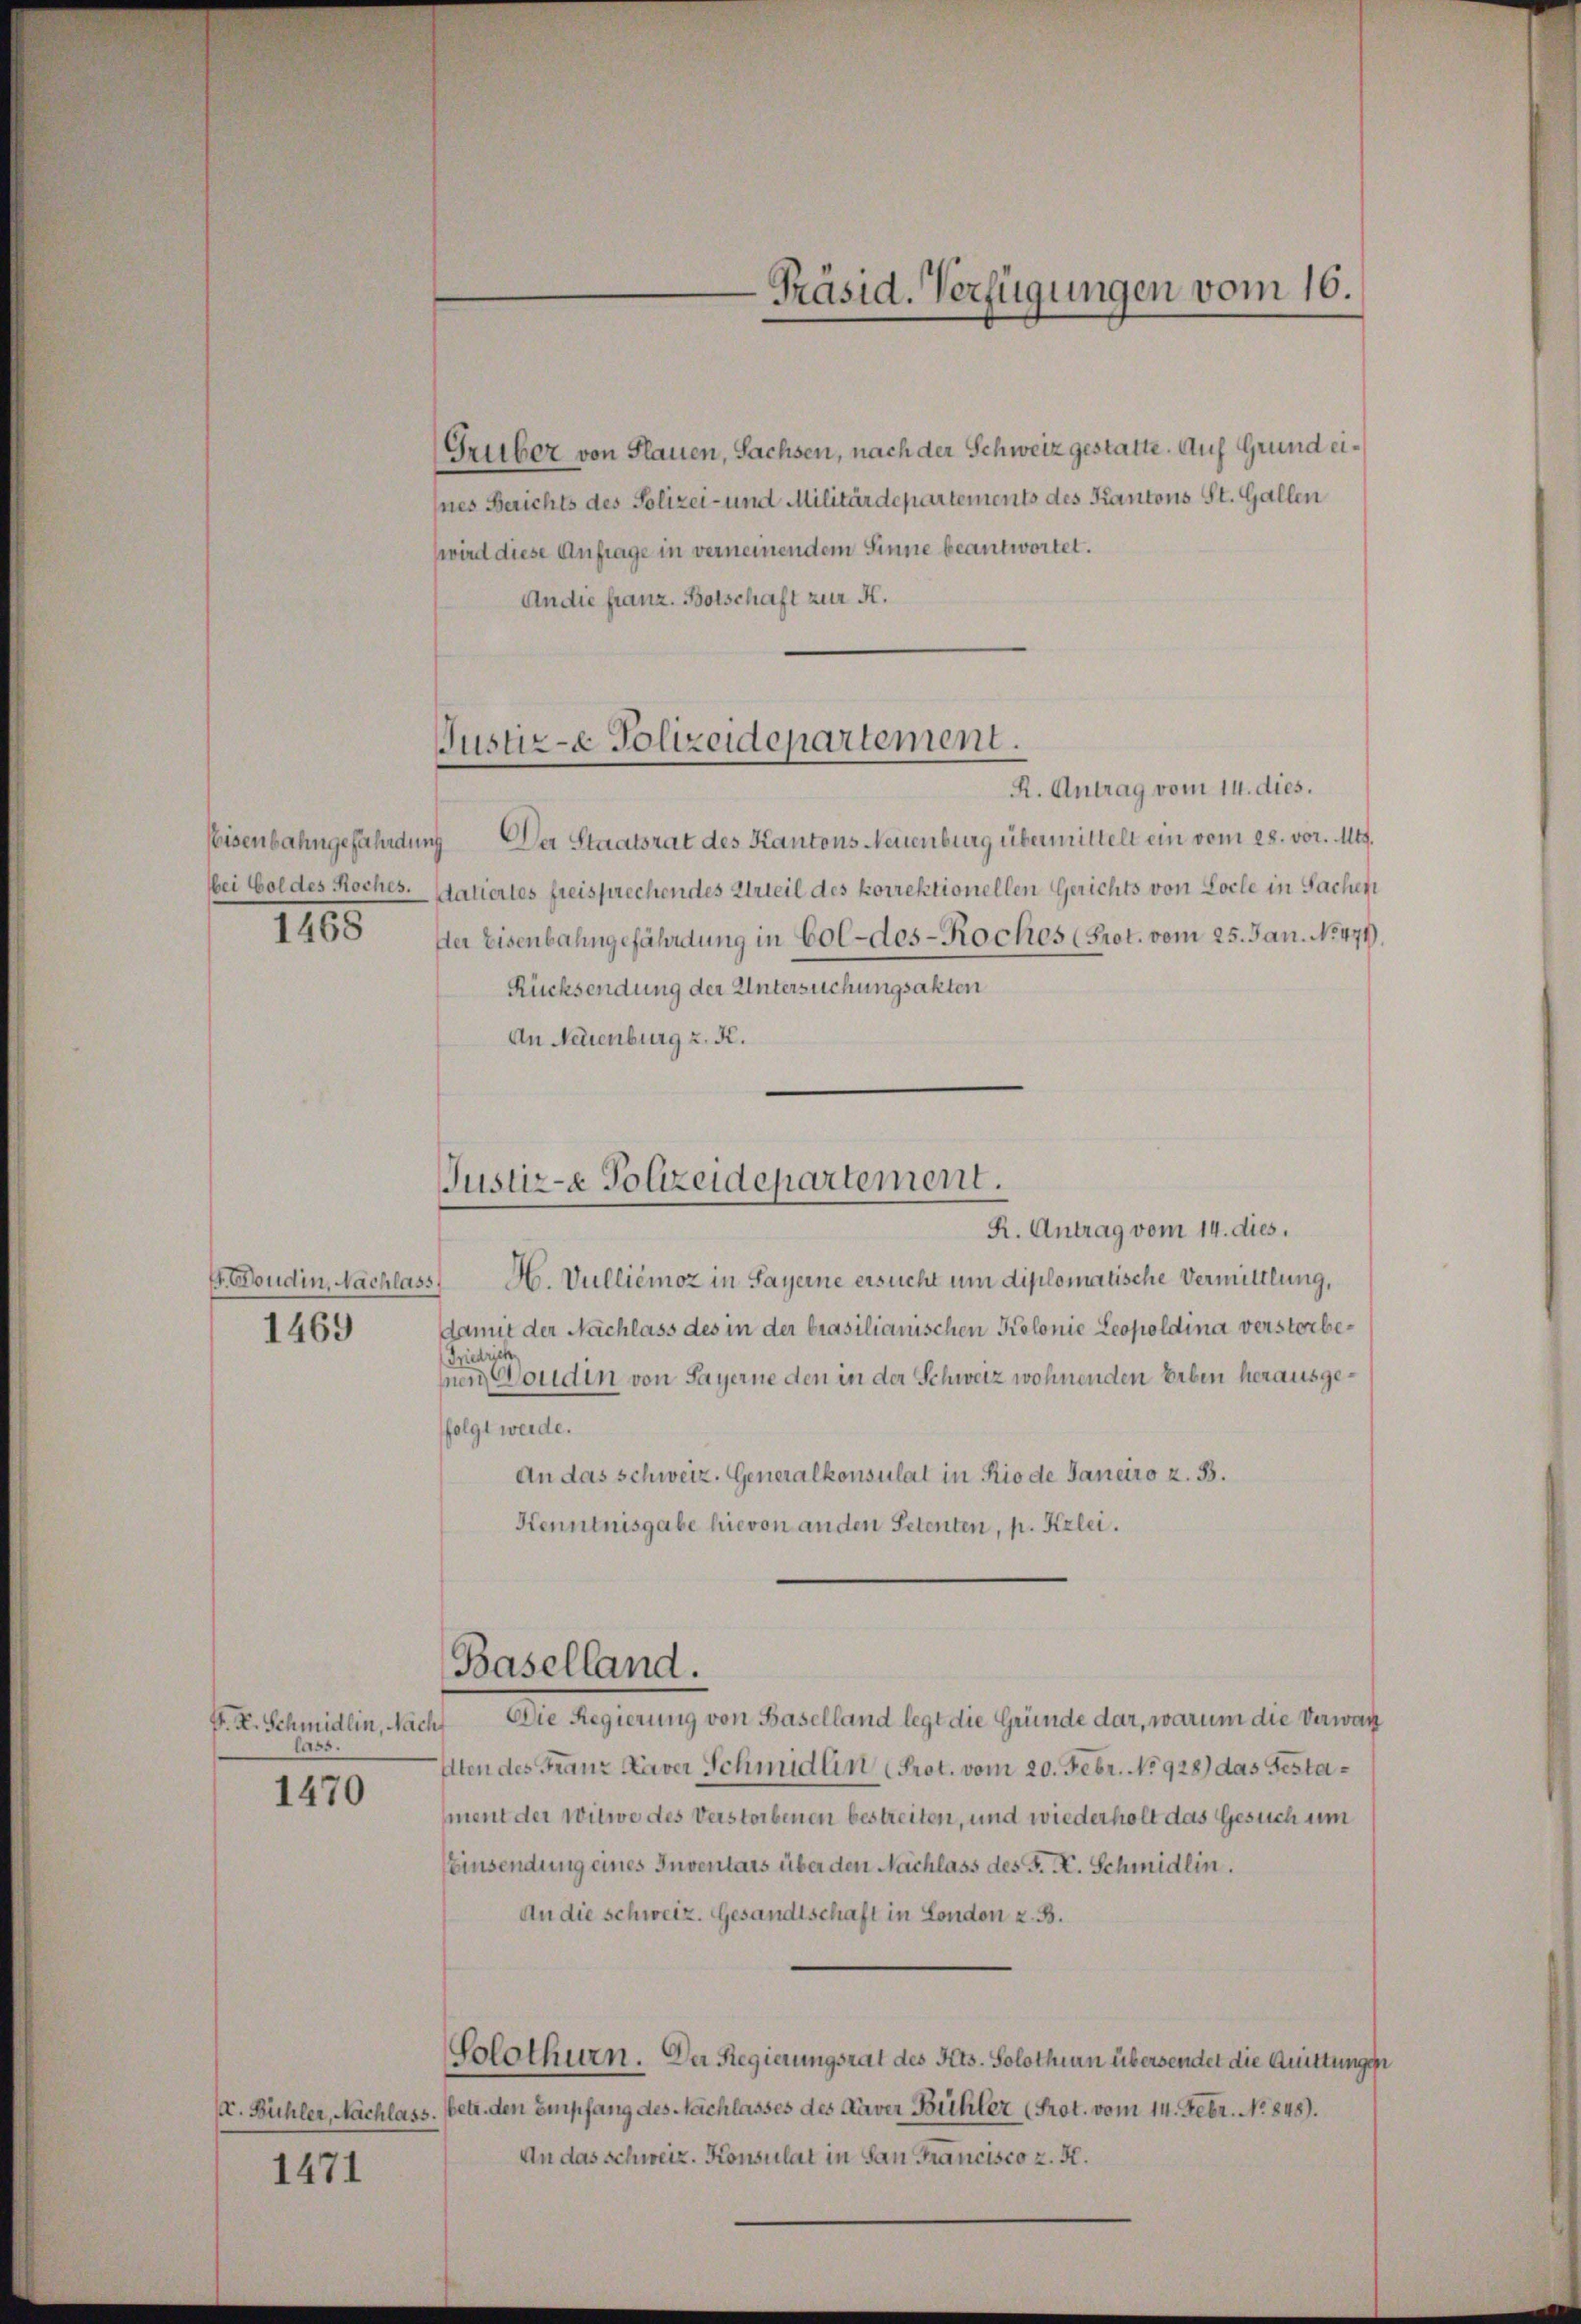
1165

E. Boudin, Nachlass
1469

P. R. Schmidlin, Nach
lass.

1470

1471

Justiz-e Polizeidepartement.

R. Antrag vom 14. dies.
Eisenbahngefährdung Der Staatsrat des Kantons Neuenburg übermittelt ein vom 28. vor. Mts.
bei Goldes Koches. datiertes freisprechendes Urteil des korrektionellen Gerichts von Loche in Sachen
der Eisenbahngefährdung in Col-des- Roches (Prot. vom 25. Jan. No 479.
Rücksendung der Untersuchungsakten
An Neuenburg z. K.

Gruber von Plauen, Sachsen, nach der Schweiz gestatte. Auf Grund eines Berichts des Polizei- und Militärdepartements des Kantons St. Gallen
wird diese Anfrage in verneinendem Sinne beantwortet.
An die franz. Botschaft zur K.

Justiz- Polizeidepartement.

Baselland.

Präsid. Verfügungen vom 16.

R. Antrag vom 14. dies.
H. Vulliémoz in Payerne ersucht um diplomatische Vermittlung,
damit der Nachlass des in der brasilianischen Kolonie Leopoldina verstorbe¬
Friedrich
hnen Gondin von Sayerne den in der Schweiz wohnenden Erben herausgefolgt werde.
An das schweiz. Generalkonsulat in Rio de Janeiro z. B.
Kenntnisgabe hievon anden Petenten, p. Kzlei.
Die Regierung von Baselland legt die Gründe dar, warum die Verwar
Alten des Franz Xaver Schmidlin Prot. vom 20. Febr. No 928) das Gestament der Witwe des Verstorbenen bestreiten, und wiederholt das Gesuch um
Einsendung eines Inventars über den Nachlass des F. K. Schmidlin.
An die schweiz. Gesandtschaft in London z. B.
Solothurn. Der Regierungsrat des Kts. Solothurn übersendet die Quittungen
(. Bühler, Nachlass. (betr. den empfang des Nachlasses des Daver Bühler (Prot. vom 14. Febr. No 848).
An das schweiz. Konsulat in San Francisco z. H.